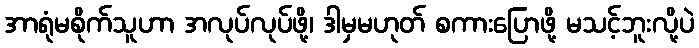
အာရုံမစိုက်သူဟာ အလုပ်လုပ်ဖို့၊ ဒါမှမဟုတ် စကားပြောဖို့ မသင့်ဘူးလို့ပဲ